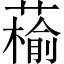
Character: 䕆